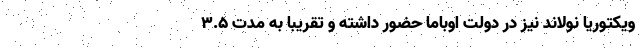
ویکتوریا نولاند نیز در دولت اوباما حضور داشته و تقریباً به مدت 3.5